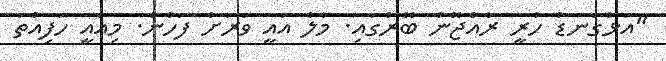
"އަޅުގަނޑު ހުރީ ރާއްޖޭން ބޭރުގައި. މާލެ އައީ ވަރަށް ފަހުން. މިއައީ ހަފިއްތަ